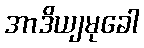
အာဒိယျမုခေါ